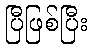
ပြီဖြစ်ပြီး